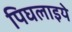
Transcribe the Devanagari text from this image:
पिघलाइये